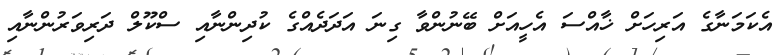
އެކަމަނާގެ އަރިހަށް ޚާއްސަ އެހީއަށް ބޭނުންވާ ގިނަ އަދަދެއްގެ ކުދިންނާއި ސްކޫލް ދަރިވަރުންނާއި